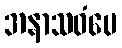
အနာသဝံပေ